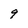
Character: 9